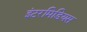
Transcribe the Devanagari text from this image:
इंटरमिडियस